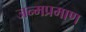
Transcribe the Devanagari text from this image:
जन्मप्रमाण